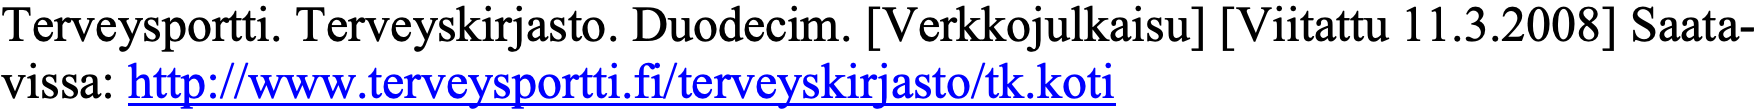
Terveysportti. Terveyskirjasto. Duodecim. [Verkkojulkaisu] [Viitattu 11.3.2008] Saata- vissa: http://www.terveysportti.fi/terveyskirjasto/tk.koti